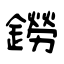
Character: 鐒